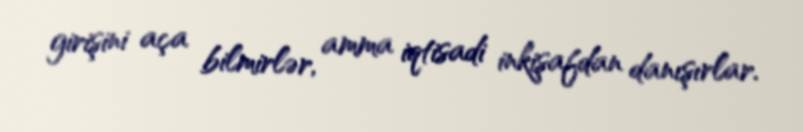
girişini aça bilmirlər, amma iqtisadi inkişafdan danışırlar.